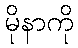
မိုနာကို